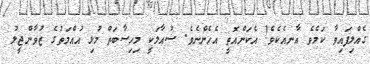
ގެއްލިފައިވާ ކަމެވެ އާނއެކެވެ! އެކަންއޮތީ އެހެންނެވެ. ސުއާލަކީ މިހިސާބަތް މުޅި އުއްމަތުގެ ޒުވާންޖީލު